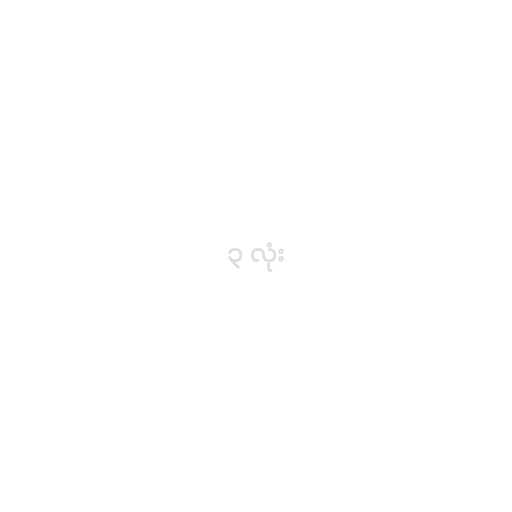
၃ လုံး